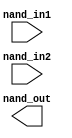
// This program was cloned from: https://github.com/chipsalliance/aib-phy-hardware
// License: Apache License 2.0

// SPDX-License-Identifier: Apache-2.0
// Copyright (C) 2019 Intel Corporation. 
//-----------------------------------------------------------------------------
//  Clock XOR macro
//-----------------------------------------------------------------------------

module altr_hps_cknand (
    input  wire              nand_in1,     // and input 1
    input  wire              nand_in2,     // and input 2
    output  wire             nand_out      // and output
);

// -------------------
// Port declarations
// -------------------

// -----
// RTL
// -----

`ifdef ALTR_HPS_INTEL_MACROS_OFF
assign nand_out = ~(nand_in1 & nand_in2);

`else


`endif

endmodule